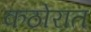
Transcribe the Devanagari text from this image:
कठोरात